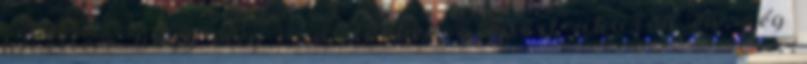
kivettem, hogy meg van döbbenve, miért akarok én még